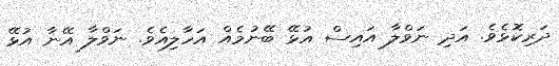
ދަރިކޮޅެވެ. އަދި ނަވްލާ އައިސް އުޅޭ ބޭނުމެއް އަހާލިއެވެ. ނަވްލާ އޭނާ އުޅޭ